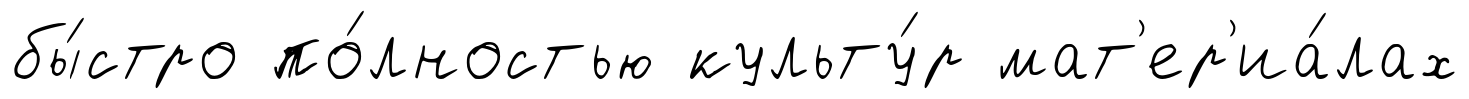
бы́стро по́лностью культу́р мат'ер'иа́лах